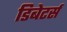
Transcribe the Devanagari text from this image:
डिबेटर्स